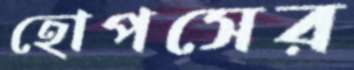
হোপসের